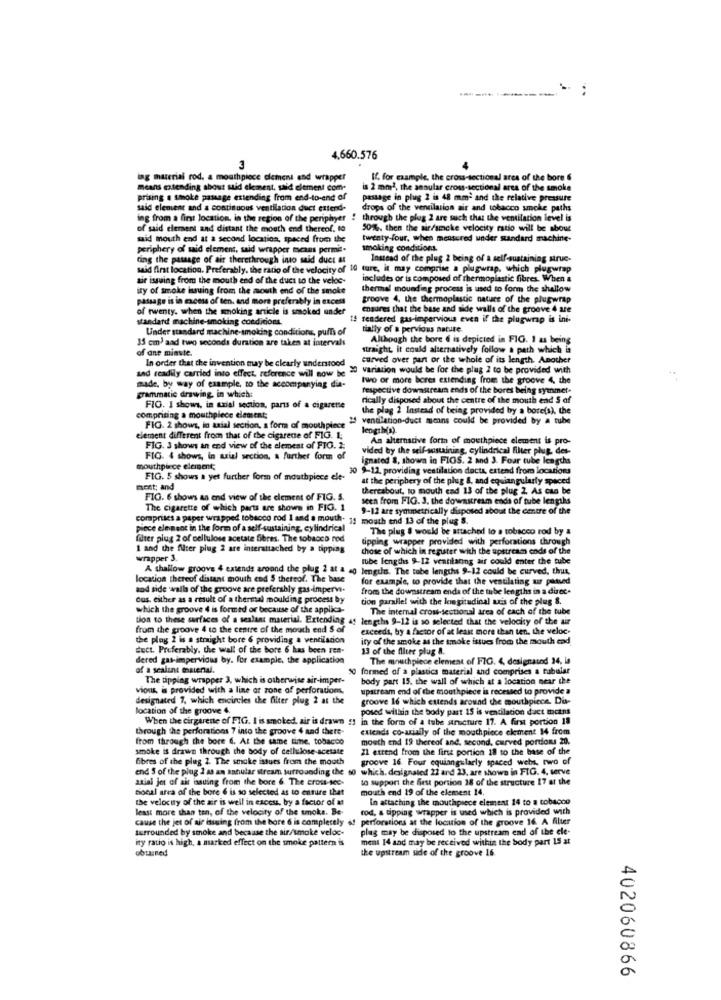
------
-
4,660.576
3
ing material rod. a mouthpiece clement and wrapper
If, for example, the cross-sectional area of the bore 6
means extending about said element, said clement com-
a 2 mm2, the annular cross-sectional area of the smoke
prising a smoke passage extending from end-to-end of
passage in plug 2 is 48 mm- and the relative pressure
said element and a continuous ventilation duct extend-
drops of the ventilation air and tobacco smoke paths
ing from a fint location. in the region of the periphyer
through the phag 2 are such that the ventilation level is
of said element and distant the mouth end thereof. 10
50%. then the air/smcke velocity ratio will be about
said mouth end at a second location, spaced from the
twenty-four, when measured under standard machine-
periphery of said element, said wrapper means perme-
smoking conditions.
ring the passage of air therethrough imo said duct at
Instead of the plug 2 being of a self-sustaining srue-
said first location. Preferably, the ratio of the velocity of 10 cure, it may comprise a plugwrap, which plugwrap
air issuing from the mouth end of the duct to the veloc-
includes or is composed of thermoplastic fibres. When a
ity of smoke issuing from the mouth end of the smoke
thermal mounding process is used to form the shallow
passage is in excess of ten. and more preferably in excess
groove 4. the thermoplastic nature of the plugwrap
of twenty. when the smoking article is smoked under
ensures that the base and side walls of the groove 4 are
standard machine-smoking conditions.
'# rendered gas-impervious even if the plugwrap is ini-
Under standard machine-smoking conditions, puffs of
tially of a pervious natute.
35 cm) and two seconds duration are taken at intervals
Although the bore 6 is depicted in FIG. 1 as being
of ane minste.
straight, it could alternatively follow a path which is
In order that the invention may be clearly understood
curved over part or the whole of its length. Another
and readily carried into effect, reference will now be
20 variation would be for the plug 2 to be provided with
two or more bores extending from the groove 4, the
made, by way of example, to the accompanying dia-
respective downstream ends of the bores being symmet-
grammatic drawing, in which:
rically disposed about the centre of the mouth end $ of
FIG. 1 shows, in axial section, parts of a cigarette
the plug 2 Instead of being provided by a bore(s), the
compriting a mouthpiece element;
25 ventilation-duct mens could be provided by a tube
FIG. 2 shows, in axial section, a form of mouthpiece
element different from that of the cigarene of FIG. 1:
An alternative fort of mouthpiece element is pro-
FIG. 3 shows an end view of the element of FIG. 2:
vided by the self-sustaining, cylindrical filter plug. des-
FIG. 4 shows, in trial section, & further form of
ignated 8, shown in FIGS. 2 and 3. Four tube lengths
mouthpiece element;
30 9-12. providing ventilation ducts, extend from locations
FIG. 5 shows a yet further form of mouthpiece ele-
at the periphery of the plug &, and equiangularly spaced
mest; and
thereabout, to mouth end 13 of the plug 2. As can be
FIG. 6 shows an end view of the element of FIG. 5.
seen from FIG. 3. the downstream ends of tube lengths
The cigarette of which parts are shown in FIG. 1
9-12 are symmetrically disposed about the centre of the
comprises a paper wrapped tobacco rod 1 and a mouth. If mouth end 13 of the plug S.
piece element in the form of a self-sustaining, cylindrical
The plug & would be attached to a tobacco rod by a
filter plug 2 of cellulose acetate fibres. The tobacco rod
tipping wrapper provided with perforations through
1 and the filter plug 2 are interattached by a tipping
those of which in register with the upstream ends of the
wrapper 3.
tube lengths 9-12 ventilaning air could enter the tube
A shallow groove 4 extends around the plug 2 at & ag lengths. The tube lengths 9-12 could be curved, thus,
A shallow groove 4 extends around the plug 2 at a
location thereof distant mouth end $ thereof. The base
for example, to provide that the ventilating ur patsed
aod side walls of the groove are preferably gas-impervi-
from the downstream enda of the tube lengths in a direc.
Ous. either as a result of a thermal moulding process by
tion parallel with the longitudinal uis of the plug &.
which the groove 4 is formed or because of the applica-
The internal cross-sectional area of each of the tube
tion to these surfaces of a sealant material. Extending as lengths 9-12 is so selected that the velocity of the air
from the groove 4 to the centre of the mouth end S of
exceeds, by a factor of at least more than ten, the veloc.
the plug 2 is a straight bore 6 providing a ventilacion
ity of the smoke as the smoke issues from the mouth cod
duct. Preferably, the wall of the bore 6 has been ren-
13 of the filter plug a.
dered gat-impervious by. for example, the application
The mouthpiece element of FIG. 4 designaund 34, la
of a sealant material.
10 formed of a plastics material and comprises a tubular
The tipping wrapper 3, which is otherwise air-imper-
body part 15. the wall of which at a location near the
vions, is provided with a line or rone of perforation.
upstream end of the mouthpiece is recessed to provide a
designated 7, which encircles the filter plug 2 at the
groove 16 which extends around the mouthpiece. Dis-
location of the groove 4.
posed within the body past 15 is ventilacion duct moins
When the cirgarene of FIG. 1 is smoked, air is drawn !! in the form of a tube structure 17. A first portion 13
through the perforations 7 into the groove 4 and there-
extends co-axially of the mouthpiece clement 14 from
from through the bore 6. At the same time, tobacco
mouth end 19 thereof and, second, curved portions 20,
smoke is drawn through the body of cellulose-acetate
Il etrend from the first portion 18 to the base of the
fibres of the plug 2. The smoke issues from the mouth
groove 16. Four equiangularly spaced webs, two of
end S of the plug 2 as an aanular stream surrounding the
end 5 of the plug 2 as an aanular stream surrounding the so which. designated 22 and 23. are shown in FIG. 4. terve
axial jet of air issuing from the bore 6. The crow-sec-
to support the Best portion 18 of the structure 17 at the
tional area of the bore 6 is so selected as to ensure that
mouth end 19 of the element 14,
the velocity of the air is well in escou. by a factor of at
In attaching the mouthpiece element 14 to a tobacco
least more than ten, of the velocity of the smoke. Be-
wrapper is used which is provided with
cause the jet of air issuing from the bore 6 is completely of perforations at the location of the groove 16. A filter
surrounded by smoke and because the air/smoke veloc-
plag may be disposed to the upstream end of the ele-
ity ratio is high, a marked effect on the smoke pattern is
ment 14 and may be received within the body part 15 at
obuned
the upstream side of the groove 16.
402060866